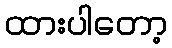
ထားပါတော့